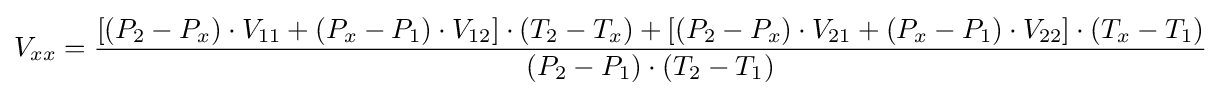
V_{xx}={\frac {[(P_{2}-P_{x})\cdot V_{11}+(P_{x}-P_{1})\cdot V_{12}]\cdot (T_{2}-T_{x})+[(P_{2}-P_{x})\cdot V_{21}+(P_{x}-P_{1})\cdot V_{22}]\cdot (T_{x}-T_{1})}{(P_{2}-P_{1})\cdot (T_{2}-T_{1})}}